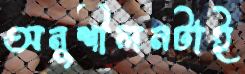
অনুশীলনটাই